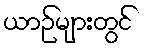
ယာဉ်များတွင်